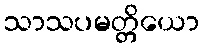
သာသပမတ္တိယော